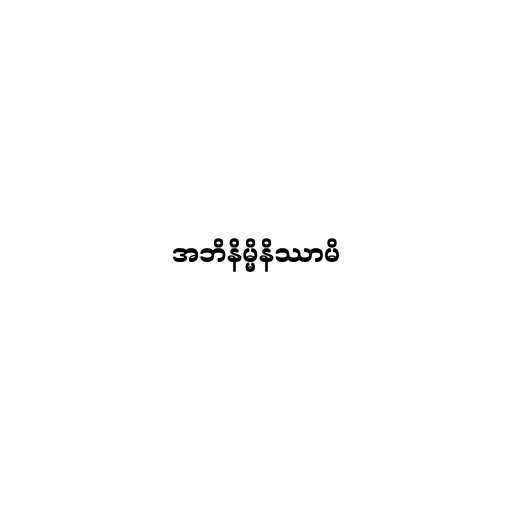
အဘိနိမ္မိနိဿာမိ